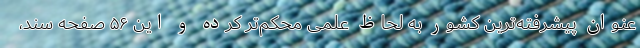
عنوان پیشرفته‌ترین کشور به لحاظ علمی محکم‌تر کرده و این ۵۶ صفحه سند،